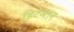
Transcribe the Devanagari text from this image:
डिटेन्शन